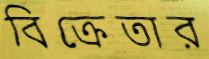
বিক্রেতার